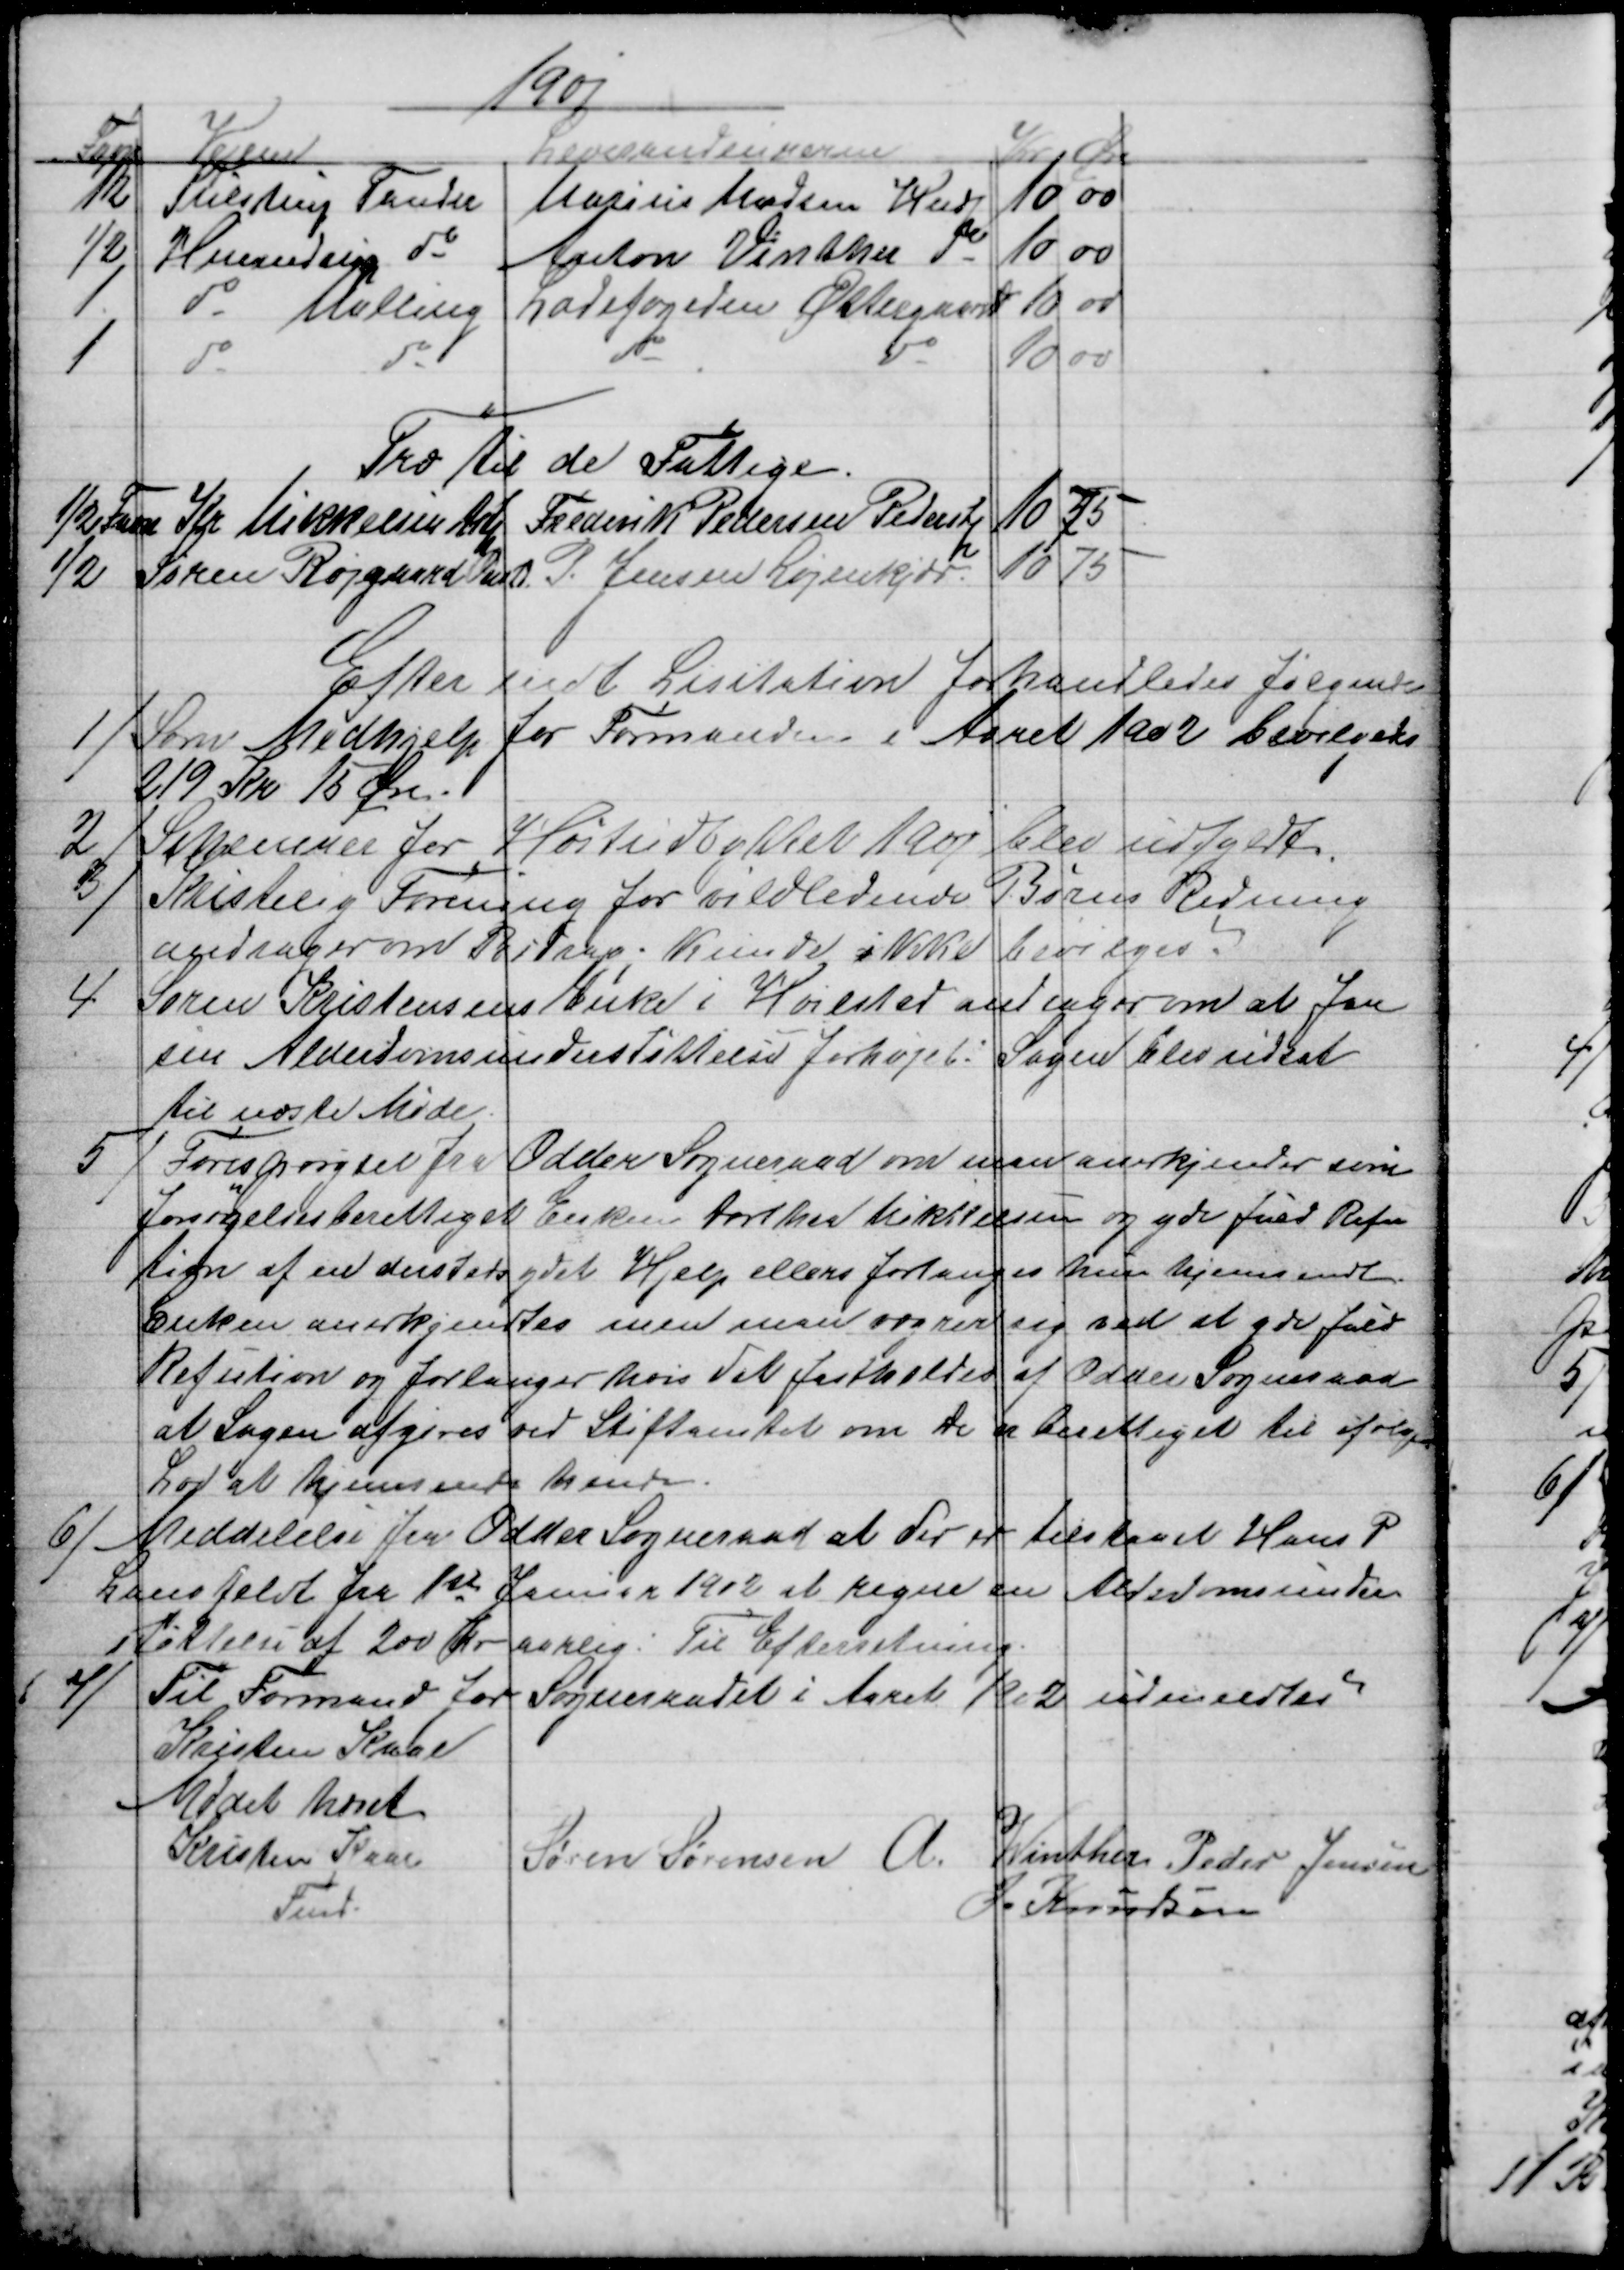
Transskription:
1901
Favn
Vejene
Leverandeurerne
Kr Øre
½
Tulstrup Tander
Marius Madsen Hndp
10 00
½
Hinnedrup do
Anton Vinther do
10 00
1
do Malling
Ladefogeden Østergaard
10 00
1
do
do
do
do
10 00
Træ til de Fattige.
½ Favn
Kr Mikkelsen Astp
Frederik Pedersen Pederstp
10
75
½
Søren Røjgaard Onstd
P. Jensen Løjenkjær.
10
75
Efter endt Lisitation forhandledes følgende
1) 
Som Medhjelp for Formanden i Aaret 1902 bevilgedes
219 Kr 15 Øre.
2)
Schemaer for Høstudbyttet 1901 blev udfyldt.
3)
Kristelig Forening for vildledende Børns Redning
andrager om Bidrag; Kunde ikke bevilges.
4
Søren Kristensens Enke i Hvilsted ansøger om at faa
sin Alderdomsunderstøttelse forhøjet: Sagen blev udsat
til næste Møde.
5) 
Forespørgsel fra Odder Sogneråd om man amerkjender som
forsørgelsesberettiget Enken Dorthea Mikkelsen og yde fuld Refu
tion af en dersteds ydet Hjelp ellers forlanges hun hjemsendt.
Enken anerkjendtes men man vægrer sig ved at yde fuld
Refution og forlanger hvis det fastholdes af Odder Sogneraad
at Sagen afgøres ved Stiftamtet om De er berettiget til ifølge
Lov at hjemsende hende.
6) 
Meddelelse fra Odder Sogneraad at der er tilstaaet Hans P
Langfeldt fra 1st Januar 1902 at regne en Alderdomsunder-
støttelse af 200 Kr aarlig: Til Efterretning.
7)
Til Formand for Sogneraadet i Aaret 1902 udmeldtes
Kristen Kaae
Mødet hævet
Kristen Kaae
Fmd.
Søren Sørensen A. Winther
Peder Jensen
J. Knudsen